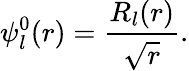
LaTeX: \psi_{l}^{0}(r)=\frac{R_{l}(r)}{\sqrt{r}}.